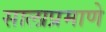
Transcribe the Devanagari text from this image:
सालाप्रमाणे